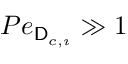
P e _ { \mathsf { D } _ { c , \imath } } \gg 1